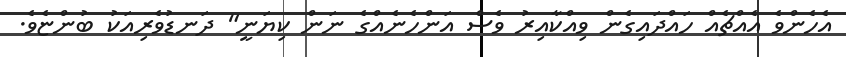
އެހެންވެ އެއްޗެއް ހައްދައިގެން ވިއްކާއިރު ވެސް އަންހެނެއްގެ ނަން ކިޔަނީ" ދަނޑުވެރިއަކު ބުންޏެވެ.